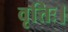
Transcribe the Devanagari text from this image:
वृत्तिः।